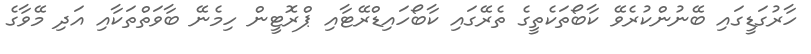
ހާރުގަޑީގައި ބޭނުންކުރެވޭ ކާބޯތަކެތީގެ ތެރޭގައި ކާބޯހައިޑްރޭޓާއި ޕްރޮޓީން ހިމެނޭ ބާވަތްތަކާއި އަދި މޭވާގެ